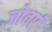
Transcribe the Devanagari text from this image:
जोवएं